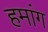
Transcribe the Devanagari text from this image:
हमांग